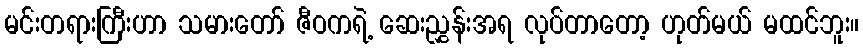
မင်းတရားကြီးဟာ သမားတော် ဇီဝကရဲ့ ဆေးညွှန်းအရ လုပ်တာတော့ ဟုတ်မယ် မထင်ဘူး။